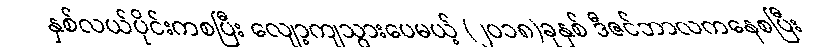
နှစ်လယ်ပိုင်းကစပြီး လျော့ကျသွားပေမယ့် (၂၀၁၈)ခုနှစ် ဒီဇင်ဘာလကနေစပြီး